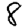
Digit: 8